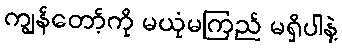
ကျွန်တော့်ကို မယုံမကြည် မရှိပါနဲ့